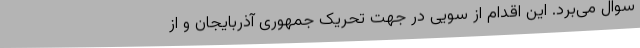
سوال می‌برد. این اقدام از سویی در جهت تحریک جمهوری آذربایجان و از